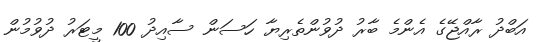
އަބްދު ރާއްޖޭގެ އެންމެ ބާރު ދުވުންތެރިޔާ ހަސަން ސާއިދު 100 މީޓަރު ދުވުމުން